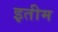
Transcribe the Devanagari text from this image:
इतीम